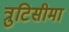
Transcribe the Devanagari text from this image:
त्रुटिसीमा